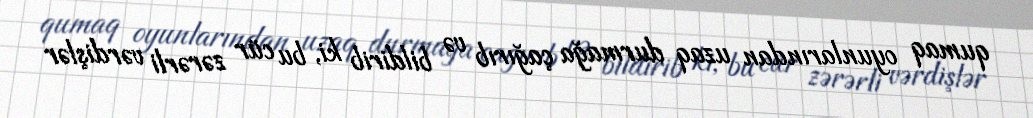
qumaq oyunlarından uzaq durmağa çağırıb və bildirib ki, bu cür zərərli vərdişlər